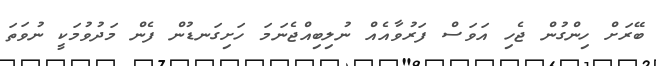
ބޭރަށް ހިންގުން ޖެހި އަވަސް ފަރުވާއެއް ނުލިބިއްޖެނަމަ ހަށިގަނޑުން ފެން މަދުވުމަކީ ނުވަތަ